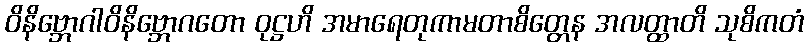
ဝိနိဗ္ဘောဂါဝိနိဗ္ဘောဂတော ဝုဋ္ဌဟိ အမာရေတုကာမတာစိတ္တေန အလတ္ထာတိ သုစိကတံ